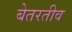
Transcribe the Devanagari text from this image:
बेतरतीव